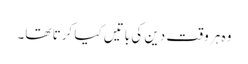
وہ ہر وقت دین کی باتیں کیا کرتا تھا۔